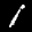
Label: 1